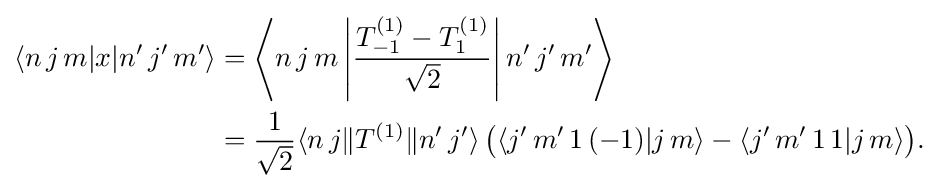
{\begin{aligned}\langle n\,j\,m|x|n'\,j'\,m'\rangle &=\left\langle n\,j\,m\left|{\frac {T_{-1}^{(1)}-T_{1}^{(1)}}{\sqrt {2}}}\right|n'\,j'\,m'\right\rangle \\&={\frac {1}{\sqrt {2}}}\langle n\,j\|T^{(1)}\|n'\,j'\rangle \,{\big (}\langle j'\,m'\,1\,(-1)|j\,m\rangle -\langle j'\,m'\,1\,1|j\,m\rangle {\big )}.\end{aligned}}